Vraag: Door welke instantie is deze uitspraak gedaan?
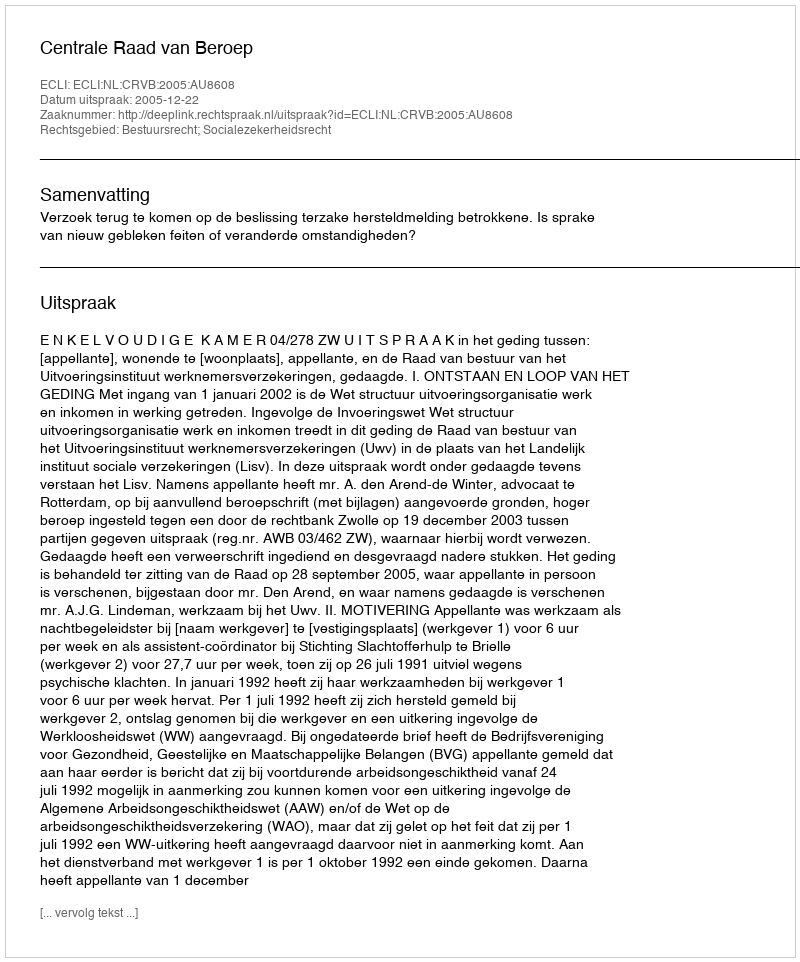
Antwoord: Centrale Raad van Beroep